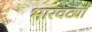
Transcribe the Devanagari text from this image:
भारवट्या